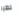
نطير